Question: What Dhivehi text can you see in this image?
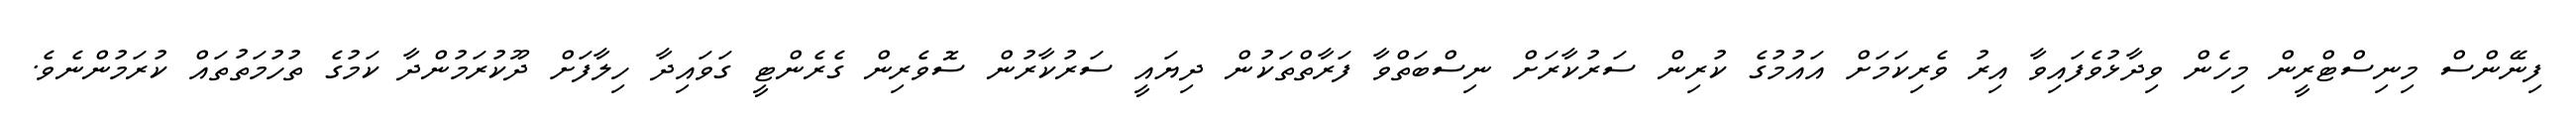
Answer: ފިނޭންސް މިނިސްޓްރީން މިހެން ވިދާޅުވެފައިވާ އިރު ވެރިކަމަށް އައުމުގެ ކުރިން ސަރުކާރަށް ނިސްބަތްވާ ފަރާތްތަކުން ދިޔައީ ސަރުކާރުން ސޮވެރިން ގެރެންޓީ ގަވައިދާ ހިލާފަށް ދޫކުރަމުންދާ ކަމުގެ ތުހުމަތުތައް ކުރަމުންނެވެ.